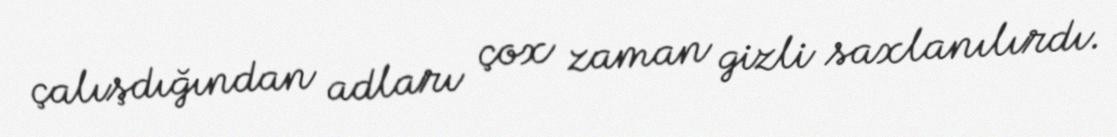
çalışdığından adları çox zaman gizli saxlanılırdı.